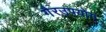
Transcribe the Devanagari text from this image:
गैरउपयोग